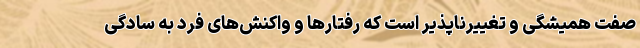
صفتِ همیشگی و تغییرناپذیر است که رفتارها و واکنش‌های فرد به سادگی